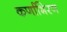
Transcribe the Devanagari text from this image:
कर्णाभिरण